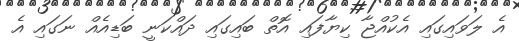
އެ ލަވައިގައި އެކުއްޖާ ކިޔާފައި އޮތް ބައިގައި ދައްކަނީ ބަޑިއެއް ނަގައި އެ